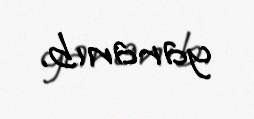
yaranıb.